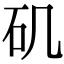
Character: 矶